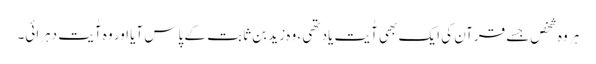
ہر وہ شخص‌جسے قرآن کی ایک بھی آٰیت یاد تھی ، وہ زید بن ثابت کے پاس آیا اور وہ آٰیت دہرائی۔